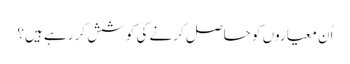
اُن معیاروں کو حاصل کرنے کی کوشش کر رہے ہیں؟